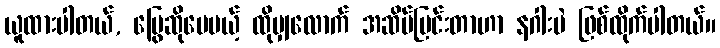
ယူထားပါတယ်, မြွေဆိုပေမယ့် ထိုမျှလောက် အဆိပ်ပြင်းတာဟာ နဂါးပဲ ဖြစ်ထိုက်ပါတယ်။